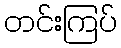
တင်းကြပ်